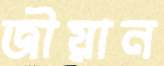
জীয়ান